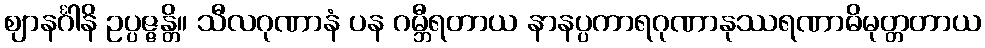
ဈာနင်္ဂါနိ ဥပ္ပဇ္ဇန္တိ။ သီလဂုဏာနံ ပန ဂမ္ဘီရတာယ နာနပ္ပကာရဂုဏာနုဿရဏာဓိမုတ္တတာယ